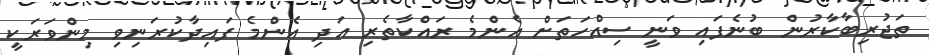
ތަޖުރިބާކާރުން ބުނެފައި ވަނީ ސިއްހަތަށް އެންމެ ރައްކާތެރި އަދި އެންމެ ފައިދާކުރަނިވި މިންވަރަކީ